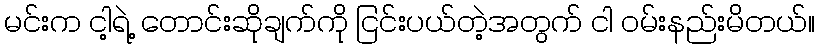
မင်းက ငါ့ရဲ့ တောင်းဆိုချက်ကို ငြင်းပယ်တဲ့အတွက် ငါ ဝမ်းနည်းမိတယ်။